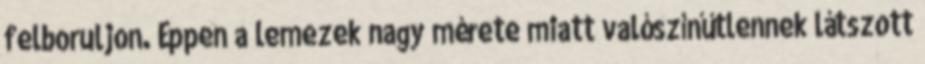
felboruljon. Éppen a lemezek nagy mérete miatt valószínűtlennek látszott